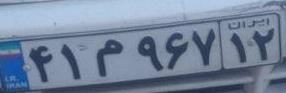
۴۱م۹۶۷۱۲